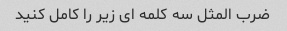
ضرب المثل سه کلمه ای زیر را کامل کنید